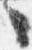
々